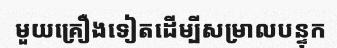
មួយគ្រឿងទៀតដើម្បីសម្រាលបន្ទុក